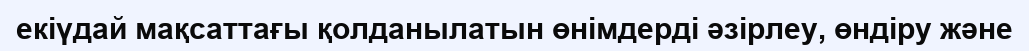
екіүдай мақсаттағы қолданылатын өнімдерді әзірлеу, өндіру және